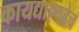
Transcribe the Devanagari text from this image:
कायद्याएवढेच